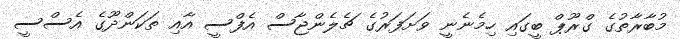
މުބާރާތުގެ ގްރޫޕް ބީގައި ހިމެނެނީ ވަށަފަރުގެ ޗެލެންޖާސް އެފްސީ އާއި ތަކަންދޫގެ އެސްސީ